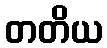
တတိယ